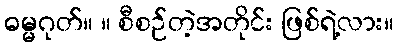
ဓမ္မဂုတ်။ ။ စီစဉ်တဲ့အတိုင်း ဖြစ်ရဲ့လား။